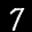
Label: 7